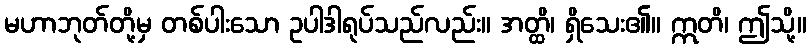
မဟာဘုတ်တို့မှ တစ်ပါးသော ဥပါဒါရုပ်သည်လည်း။ အတ္ထိ၊ ရှိသေး၏။ ဣတိ၊ ဤသို့။